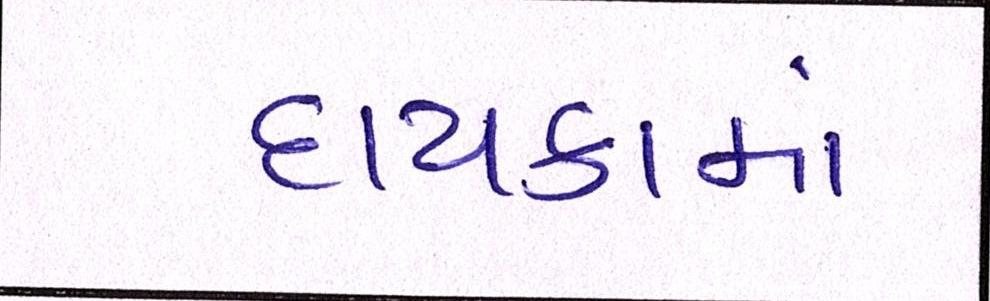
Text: દાયકામાં